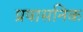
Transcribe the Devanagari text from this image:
प्रषासनिक